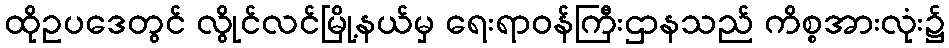
ထိုဥပဒေတွင် လွိုင်လင်မြို့နယ်မှ ရေးရာဝန်ကြီးဌာနသည် ကိစ္စအားလုံး၌